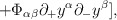
\begin{align*}\hspace{20mm} + \Phi_{\alpha \beta}{\partial_{+}}y^{\alpha}{\partial_{-}}y^{\beta}],\end{align*}